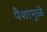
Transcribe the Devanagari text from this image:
पैशामुळे